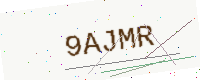
Text: 9AJMR